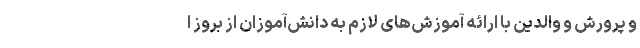
و پرورش و والدین با ارائه آموزش‌ھای لازم به دانش‌آموزان از بروز ا